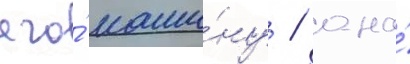
его́ маши́ну / она́